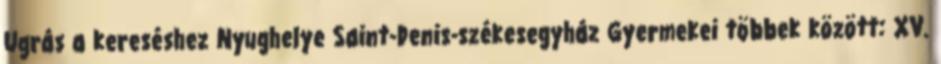
Ugrás a kereséshez Nyughelye Saint-Denis-székesegyház Gyermekei többek között: XV.